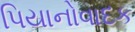
પિયાનોવાદક